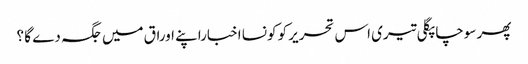
پھر سوچا پگلی تیری اس تحریر کو کونسا اخباراپنے اوراق میں جگہ دے گا ؟